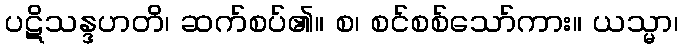
ပဋိသန္ဒဟတိ၊ ဆက်စပ်၏။ စ၊ စင်စစ်သော်ကား။ ယသ္မာ၊